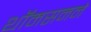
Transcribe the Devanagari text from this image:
थॉमसनने